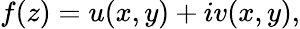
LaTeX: f(z)=u(x,y)+iv(x,y),